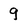
Character: 9